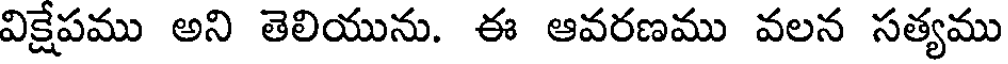
విక్షేపము అని తెలియును. ఈ ఆవరణము వలన సత్యము